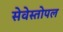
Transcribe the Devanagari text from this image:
सेवेस्तोपल